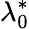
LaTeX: \lambda_{0}^{\ast}